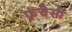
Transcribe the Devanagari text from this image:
फ्रंचैसी